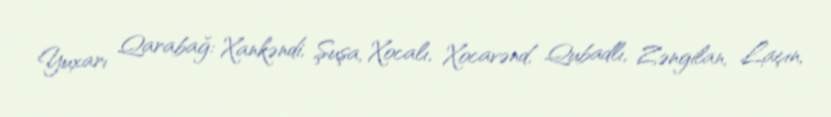
Yuxarı Qarabağ: Xankəndi, Şuşa, Xocalı, Xocavənd, Qubadlı, Zəngilan, Laçın,